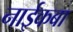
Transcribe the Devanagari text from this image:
नाईकबा